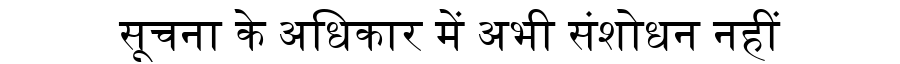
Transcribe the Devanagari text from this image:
सूचना के अधिकार में अभी संशोधन नहीं